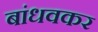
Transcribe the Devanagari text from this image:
बांधवकर